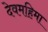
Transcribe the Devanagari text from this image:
देवमहिमा